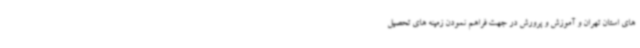
های استان تهران و آموزش و پرورش در جهت فراهم نمودن زمینه های تحصیل